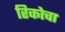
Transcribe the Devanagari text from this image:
रिकोचा